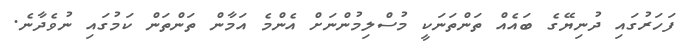
ފަހަރުގައި ދުނިޔޭގެ ބައެއް ތަންތަނަކީ މުސްލިމުންނަށް އެންމެ އަމާން ތަންތަން ކަމުގައި ނުވެދާނެ.